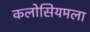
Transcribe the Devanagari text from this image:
कलोसियमला